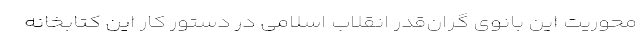
محوریت این بانوی گران‌قدر انقلاب اسلامی در دستور کار این کتابخانه